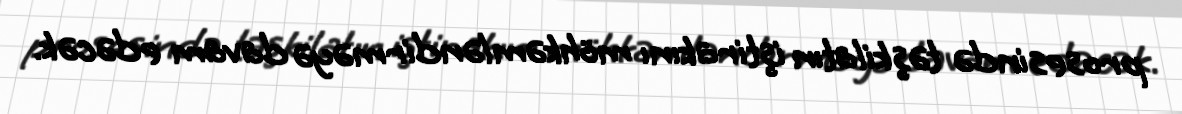
prosesində təşkilatın iştirakını möhkəmləndirməyə davam edəcək.